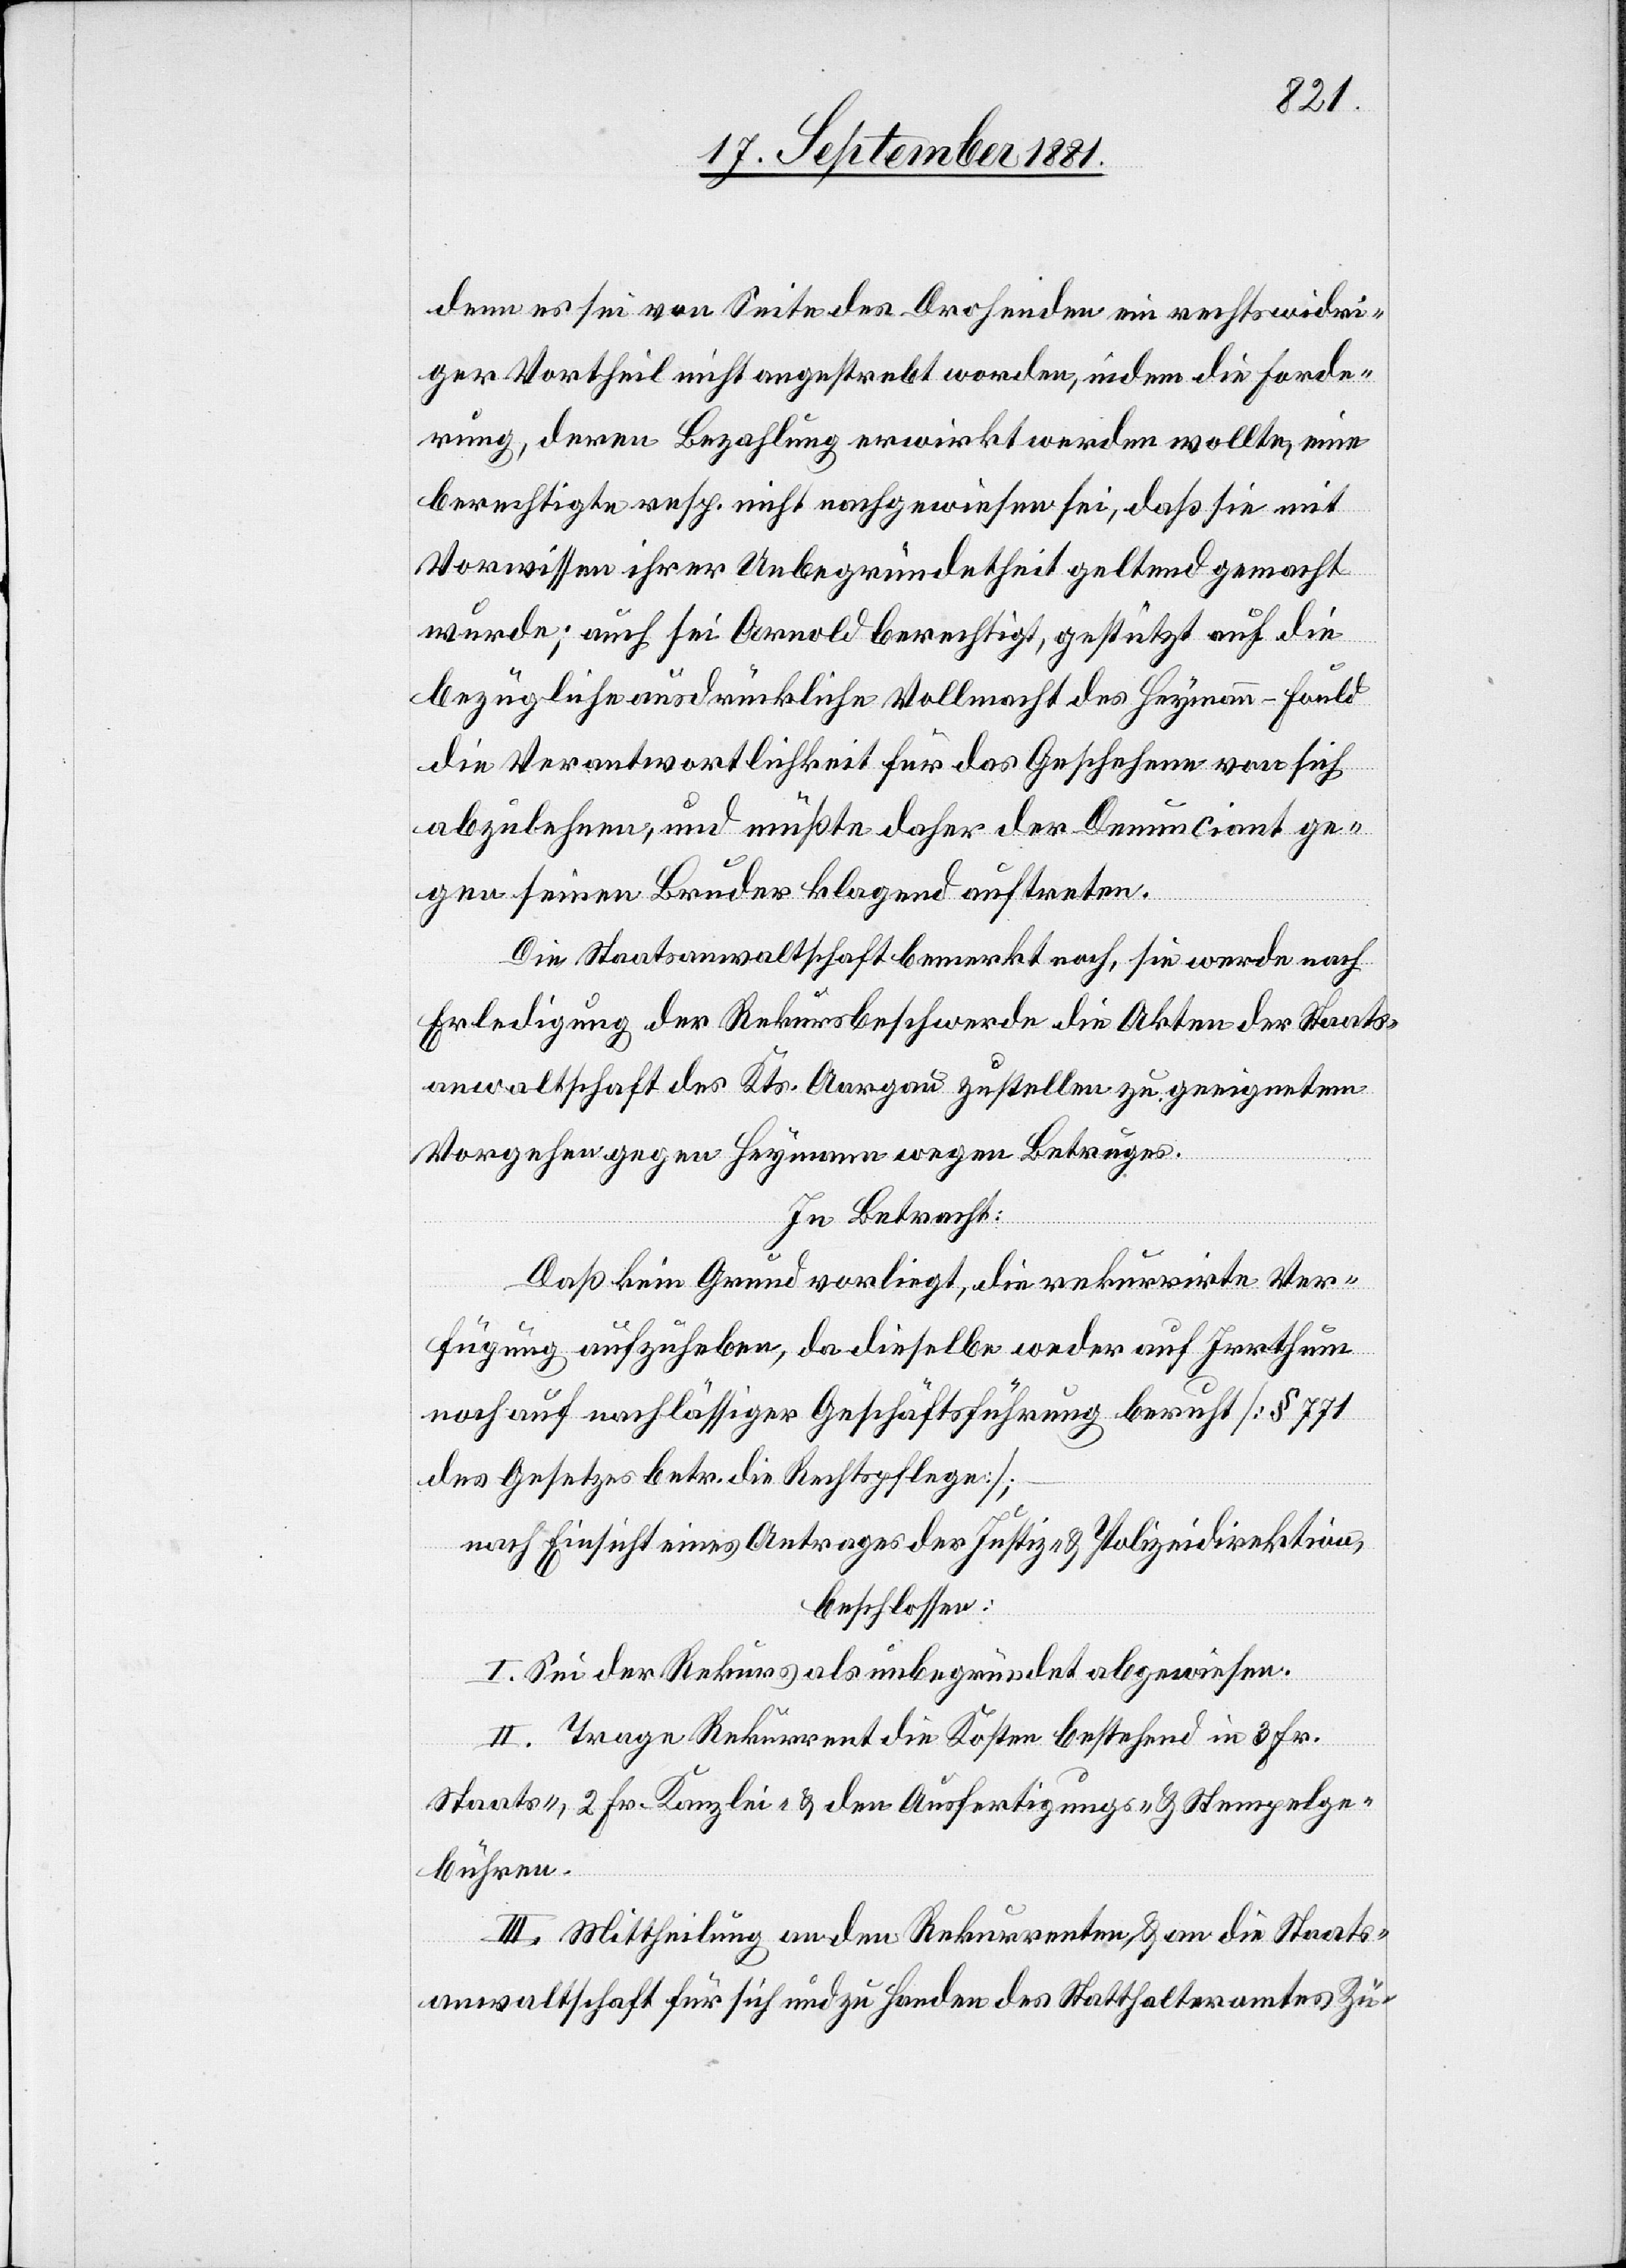
denn es sei von Seite des Drohenden ein rechtswidri¬
ger Vortheil nicht angestrebt worden, indem die Forde¬
rung, deren Bezahlung erwirkt werden wollte, eine
berechtigte resp. nicht nachgewiesen sei, daß sie mit
Vorwissen ihrer Unbegründetheit geltend gemacht
wurden; auch sei Arnold berechtigt, gestützt auf die
bezügliche ausdrückliche Vollmacht des Heymann-Fould
die Verantwortlichkeit für das Geschehen von sich
abzulehnen, und müßte daher der Denunciant ge¬
gen seinen Bruder klagend auftreten.
Die Staatsanwaltschaft bemerkt noch, sie werde nach
Erledigung der Rekursbeschwerde die Akten der Staats¬
anwaltschaft des Kts. Aargau zustellen zu geeignetem
Vorgehen Heymann wegen Betruges.
In Betracht:
Daß kein Grund vorliegt, die rekurrirte Ver¬
fügung aufzuheben, da dieselbe weder auf Irrthum
noch auf nachlässiger Geschäftsführung beruht [§ 771
des Gesetzes betr. die Rechtspflege];–
nach Einsicht eines Antrages der Justiz- & Polizeidirektion,
beschlossen:
I. Sei der Rekus als unbegründet abgewiesen.
II. Trage Rekurrent die Kosten bestehend in 3. Fr.
Staats-, 2. Fr. Kanzlei- & den Ausfertigungs- & Stempelge¬
bühren.
III. Mittheilung an den Rekurrenten & an die Staats¬
anwaltschaft für sich und zu Handen des Statthalteramtes Zü-